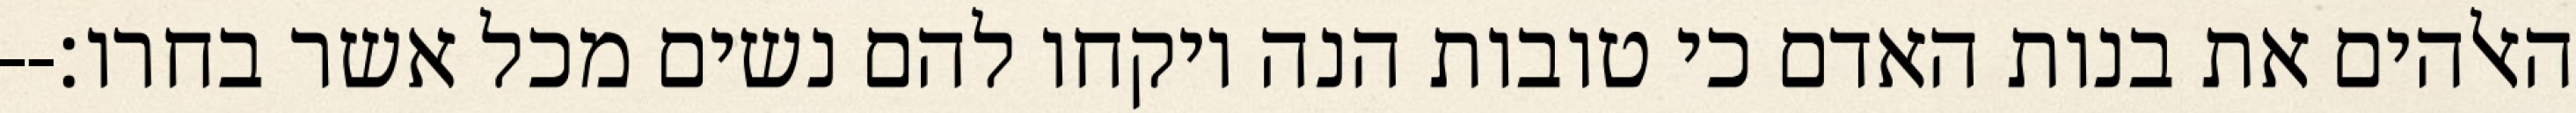
האלהים את בנות האדם כי טובות הנה ויקחו להם נשים מכל אשר בחרו׃--